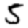
Digit: 5